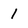
Character: 1